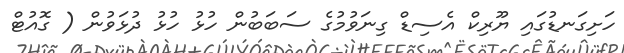
ހަށިގަނޑުގައި ޔޫރިކް އެސިޑް ގިނަވުމުގެ ސަބަބުން ހުޅު ހުޅު ދުޅަވުން ( ގޮއުޓް